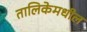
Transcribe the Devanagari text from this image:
तालिकेमधील